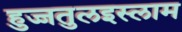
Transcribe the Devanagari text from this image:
हुज्जतुलइस्लाम